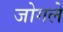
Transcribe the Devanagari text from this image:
जोगले